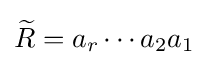
{\widetilde {R}}=a_{r}\cdots a_{2}a_{1}